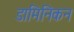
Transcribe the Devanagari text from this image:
डामिनिकन